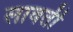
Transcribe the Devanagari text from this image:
लावती